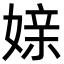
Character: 媇